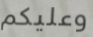
وعليكم